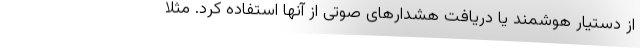
از دستیار هوشمند یا دریافت هشدارهای صوتی از آنها استفاده کرد. مثلا